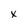
Character: x